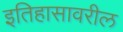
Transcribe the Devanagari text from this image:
इतिहासावरील